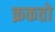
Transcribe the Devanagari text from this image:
क्रकतो